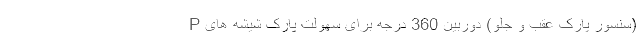
(سنسور پارک عقب و جلو) دوربین 360 درجه برای سهولت پارک شیشه های P